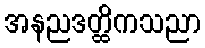
အနညဒတ္ထိကသညာ